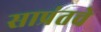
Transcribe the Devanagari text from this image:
साप्रंतचे